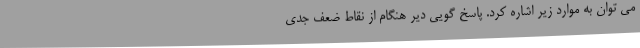
می توان به موارد زیر اشاره کرد. پاسخ گویی دیر هنگام از نقاط ضعف جدی